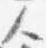
人